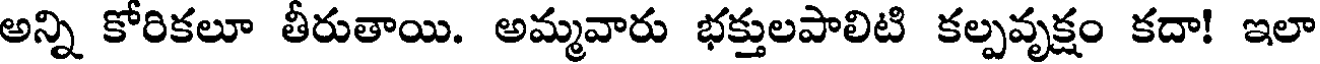
అన్ని కోరికలూ తీరుతాయి. అమ్మవారు భక్తులపాలిటి కల్పవృక్షం కదా! ఇలా